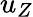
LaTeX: u_{Z}